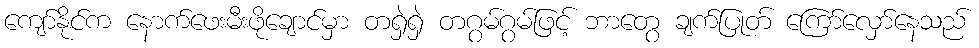
ကျော်နိုင်က နောက်ဖေးမီးဖိုချောင်မှာ တရှဲရှဲ တဂွမ်ဂွမ်ဖြင့် ဘာတွေ ချက်ပြုတ် ကြော်လှော်နေသည်